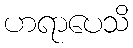
ဟရာပေသိ